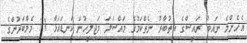
އެހެންމެ ނައިބު ރައީސްގެ އިތުބާރު ނެތްކަމުގެ މައްސަލަ މަޖިލީހުން ކަނޑައަޅާ 11 މެމްބަރުންގެ